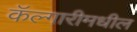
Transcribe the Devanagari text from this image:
कॅल्गारीमधील